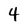
Character: 4